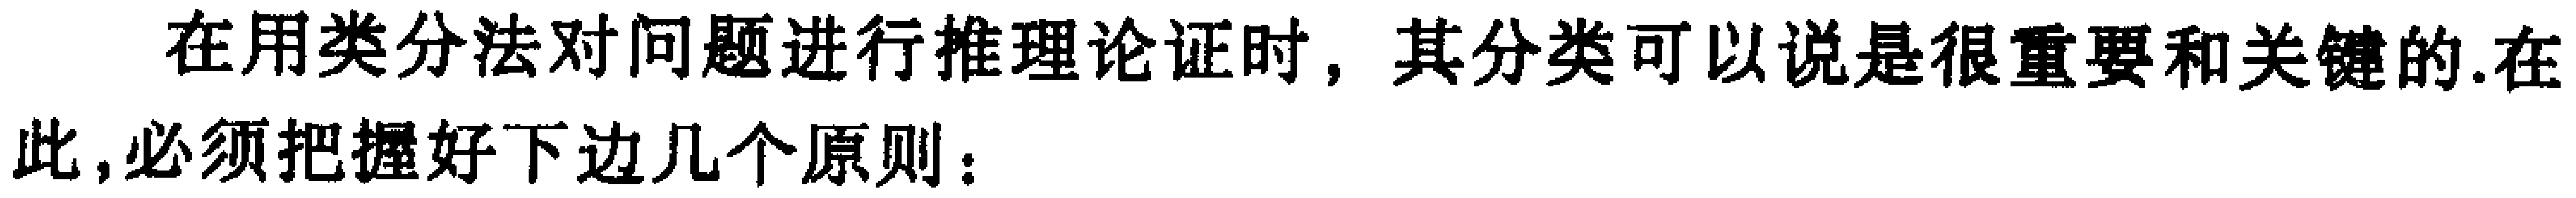
在用类分法对问题进行推理论证时，其分类可以说是很重要和关键的.在此,必须把握好下边几个原则：